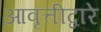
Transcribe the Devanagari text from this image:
आवृत्तीद्वारे